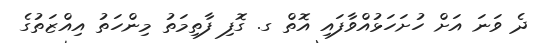
ދެ ވަނަ އަށް ހުށަހަޅުއްވާފައި އޮތް ގ. ގޮފި ފާތިމަތު މިންހަތު އިއްޒަތުގެ